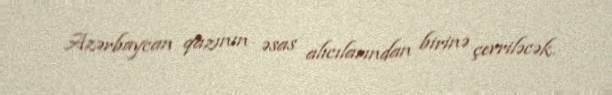
Azərbaycan qazının əsas alıcılarından birinə çevriləcək.